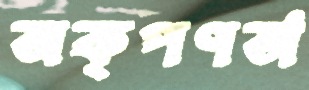
অকৃপণতা